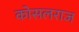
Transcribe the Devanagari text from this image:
कोसलराज